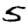
Digit: 5